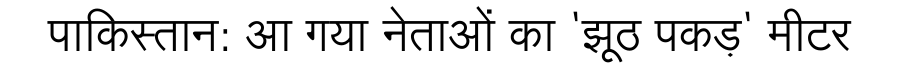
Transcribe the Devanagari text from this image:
पाकिस्तान: आ गया नेताओं का 'झूठ पकड़' मीटर